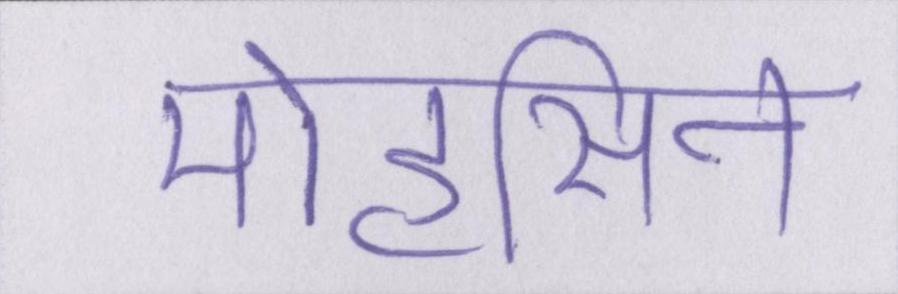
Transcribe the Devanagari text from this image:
मोहसिन